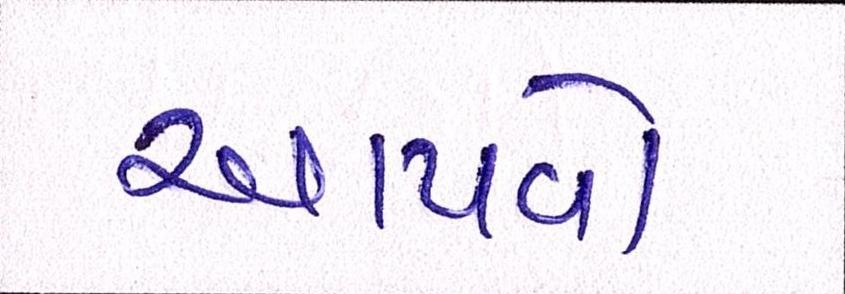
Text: આપવો